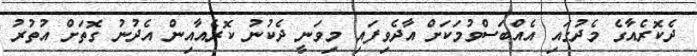
ދެކޮރެއާގެ މެދުގައި އެއްބަސްވުމަކަށް އާދެވިފައި މިވަނީ ދެކުނު ކޮރެއާއިން އެދުނު ގޮތަށް އުތުރު